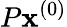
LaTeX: {P}\mathbf{x}^{(0)}